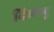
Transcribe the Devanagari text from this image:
दिब्येन्दु